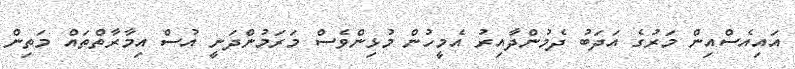
އައިއެސްއިން މަރުގެ އަދަބު ދެމުންދާއިރު އެމީހުން މުޅިންވެސް މަރަމުންދަނީ އުސް އިމާރާތްތައް މަތިން